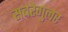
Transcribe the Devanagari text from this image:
सबरेगुलर